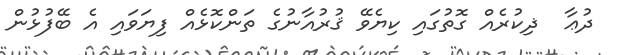
ދުޢާ  ޛިކުރެއް ގޮތުގައި ކިޔެވޭ ޤުރުއާނުގެ ތަންކޮޅެއް ފިޔަވައި އެ ބޭފުޅުން